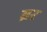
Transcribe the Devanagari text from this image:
ब्रर